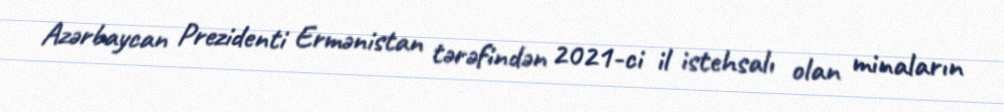
Azərbaycan Prezidenti Ermənistan tərəfindən 2021-ci il istehsalı olan minaların